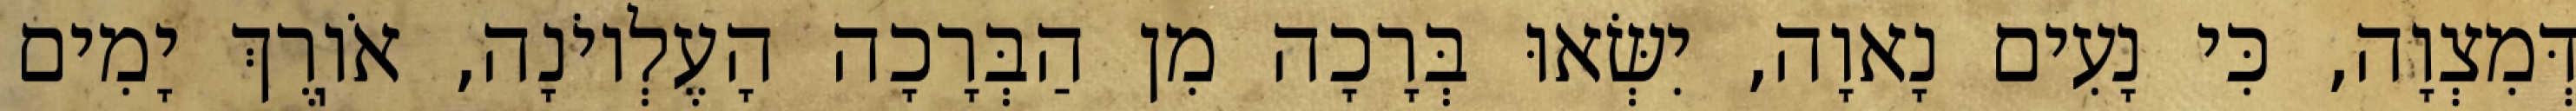
דְּמִצְוָה, כִּי נָעִים נָאוָה, יִשְּׂאוּ בְּרָכָה מִן הַבְּרָכָה הָעֶלְיוֹנָה, אֹוֽרֶךְ יָמִים